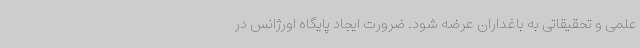
علمی و تحقیقاتی به باغداران عرضه شود. ضرورت ایجاد پایگاه اورژانس در